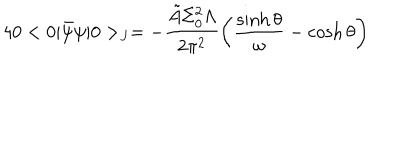
LaTeX: 4 0 < 0 \vert \bar { \psi } \psi \vert 0 > _ { J } = - \frac { \tilde { A } \Sigma _ { 0 } ^ { 2 } \Lambda } { 2 \pi ^ { 2 } } \left( \frac { \sinh \theta } { \omega } - \cosh \theta \right)